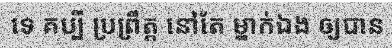
ទេ គប្បី ប្រព្រឹត្ត នៅតែ ម្នាក់ឯង ឲ្យបាន